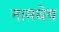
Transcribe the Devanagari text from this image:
नामधेय